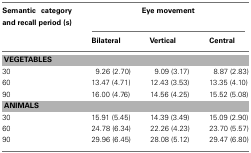
<table><thead><tr><td><b>Semantic category and recall period (s)</b></td><td colspan="3"><b>Eye movement</b></td></tr><tr><td></td><td><b>Bilateral</b></td><td><b>Vertical</b></td><td><b>Central</b></td></tr></thead><tbody><tr><td colspan="4"><b>VEGETABLES</b></td></tr><tr><td>30</td><td>9.26 (2.70)</td><td>9.09 (3.17)</td><td>8.87 (2.83)</td></tr><tr><td>60</td><td>13.47 (4.71)</td><td>12.43 (3.53)</td><td>13.35 (4.10)</td></tr><tr><td>90</td><td>16.00 (4.76)</td><td>14.56 (4.25)</td><td>15.52 (5.08)</td></tr><tr><td colspan="4"><b>ANIMALS</b></td></tr><tr><td>30</td><td>15.91 (5.45)</td><td>14.39 (3.49)</td><td>15.09 (2.90)</td></tr><tr><td>60</td><td>24.78 (6.34)</td><td>22.26 (4.23)</td><td>23.70 (5.57)</td></tr><tr><td>90</td><td>29.96 (6.45)</td><td>28.08 (5.12)</td><td>29.47 (6.80)</td></tr></tbody></table>